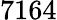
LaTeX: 7164